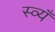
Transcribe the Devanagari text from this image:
स्व्यँ